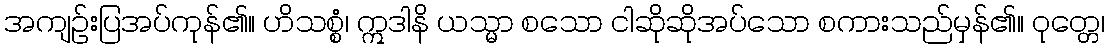
အကျဉ်းပြအပ်ကုန်၏။ ဟိသစ္စံ၊ ဣဒါနိ ယသ္မာ စသော ငါဆိုဆိုအပ်သော စကားသည်မှန်၏။ ဝုတ္တေ၊